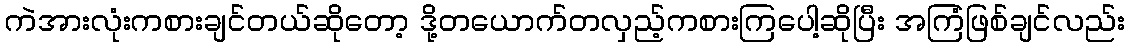
ကဲအားလုံးကစားချင်တယ်ဆိုတော့ ဒို့တယောက်တလှည့်ကစားကြပေါ့ဆိုပြီး အကြံဖြစ်ချင်လည်း